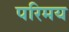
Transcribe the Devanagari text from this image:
परिमय